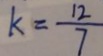
k = \frac { 1 2 } { 7 }